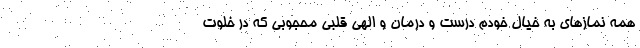
همه نمازهای به خیال خودم درست و درمان و الهی قلبی محجوبی که در خلوت